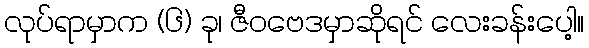
လုပ်ရာမှာက (၆) ခု၊ ဇီဝဗေဒမှာဆိုရင် လေးခန်းပေါ့။